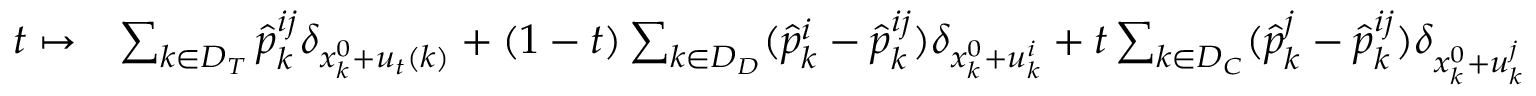
\begin{array} { r l } { t \mapsto } & { \sum _ { k \in D _ { T } } \hat { p } _ { k } ^ { i j } \delta _ { x _ { k } ^ { 0 } + u _ { t } ( k ) } + ( 1 - t ) \sum _ { k \in D _ { D } } ( \hat { p } _ { k } ^ { i } - \hat { p } _ { k } ^ { i j } ) \delta _ { x _ { k } ^ { 0 } + u _ { k } ^ { i } } + t \sum _ { k \in D _ { C } } ( \hat { p } _ { k } ^ { j } - \hat { p } _ { k } ^ { i j } ) \delta _ { x _ { k } ^ { 0 } + u _ { k } ^ { j } } } \end{array}